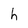
Character: h